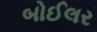
બોઈલર